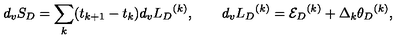
d _ { v } S _ { D } = \sum _ { k } ( t _ { k + 1 } - t _ { k } ) d _ { v } { L _ { D } } ^ { ( k ) } , \qquad d _ { v } { L _ { D } } ^ { ( k ) } = { { \cal E } _ { D } } ^ { ( k ) } + \Delta _ { k } { \theta _ { D } } ^ { ( k ) } ,